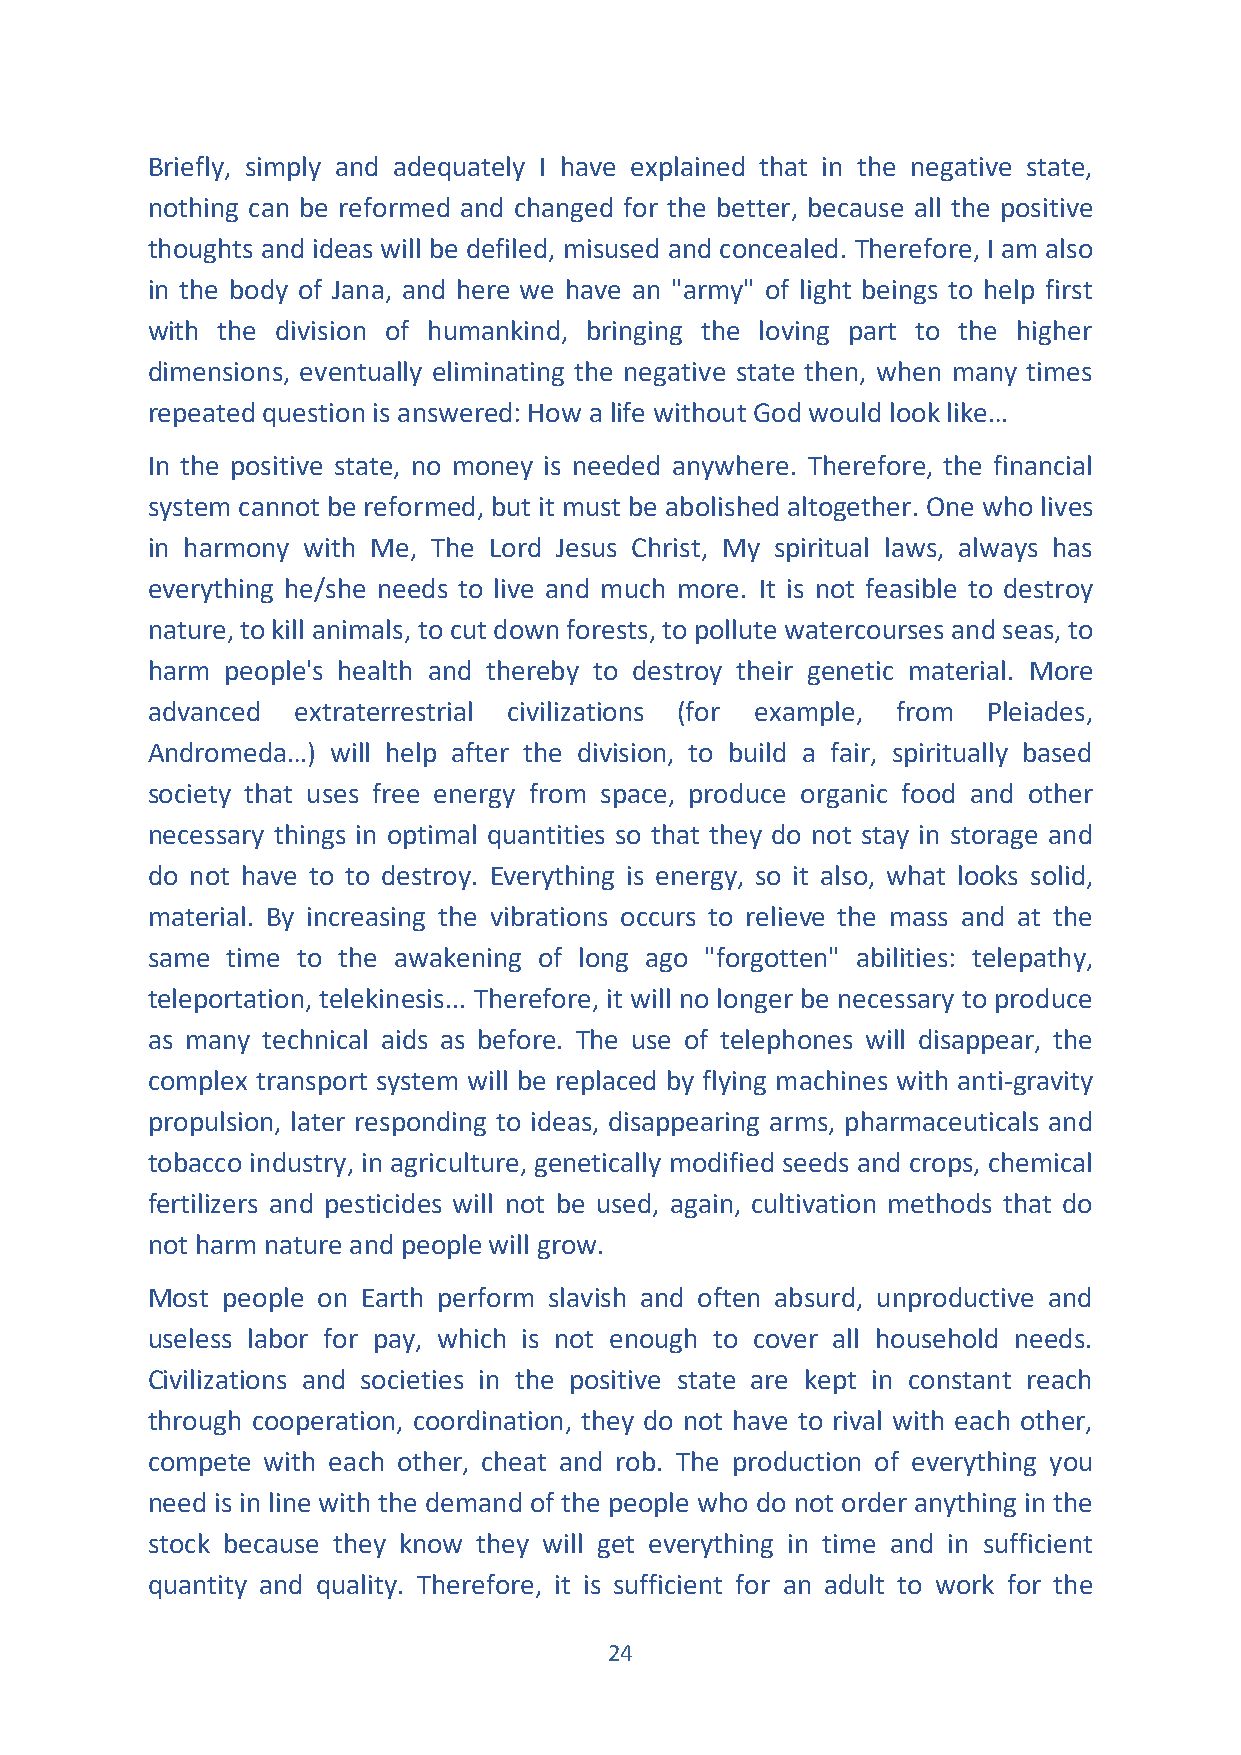
Briefly, simply and adequately I have explained that in the negative state,
 nothing can be reformed and changed for the better, because all the positive
 thoughts and ideas will be defiled, misused and concealed. Therefore, I am also
 in the body of Jana, and here we have an "army" of light beings to help first
 with the division of humankind, bringing the loving part to the higher
 dimensions, eventually eliminating the negative state then, when many times
 repeated question is answered: How a life without God would look like…
 In the positive state, no money is needed anywhere. Therefore, the financial
 system cannot be reformed, but it must be abolished altogether. One who lives
 in harmony with Me, The Lord Jesus Christ, My spiritual laws, always has
 everything he/she needs to live and much more. It is not feasible to destroy
 nature, to kill animals, to cut down forests, to pollute watercourses and seas, to
 harm people's health and thereby to destroy their genetic material. More
 advanced  extraterrestrial civilizations (for example, from Pleiades,
 Andromeda…) will help after the division, to build a fair, spiritually based
 society that uses free energy from space, produce organic food and other
 necessary things in optimal quantities so that they do not stay in storage and
 do not have to to destroy. Everything is energy, so it also, what looks solid,
 material. By increasing the vibrations occurs to relieve the mass and at the
 same time to the awakening of long ago "forgotten" abilities: telepathy,
 teleportation, telekinesis... Therefore, it will no longer be necessary to produce
 as many technical aids as before. The use of telephones will disappear, the
 complex transport system will be replaced by flying machines with anti-gravity
 propulsion, later responding to ideas, disappearing arms, pharmaceuticals and
 tobacco industry, in agriculture, genetically modified seeds and crops, chemical
 fertilizers and pesticides will not be used, again, cultivation methods that do
 not harm nature and people will grow.
 Most people on Earth perform slavish and often absurd, unproductive and
 useless labor for pay, which is not enough to cover all household needs.
 Civilizations and societies in the positive state are kept in constant reach
 through cooperation, coordination, they do not have to rival with each other,
 compete with each other, cheat and rob. The production of everything you
 need is in line with the demand of the people who do not order anything in the
 stock because they know they will get everything in time and in sufficient
 quantity and quality. Therefore, it is sufficient for an adult to work for the
 24